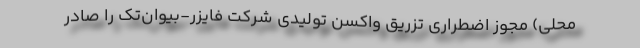
محلی) مجوز اضطراری تزریق واکسن تولیدی شرکت فایزر-بیوان‌تک را صادر